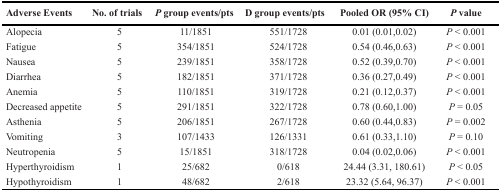
| Adverse Events | No. of trials | P group events/pts | D group events/pts | Pooled OR (95% CI) | P value |
 | --- | --- | --- | --- | --- | --- |
 | Alopecia | 5 | 11/1851 | 551/1728 | 0.01 (0.01,0.02) | P < 0.001 |
 | Fatigue | 5 | 354/1851 | 524/1728 | 0.54 (0.46,0.63) | P < 0.001 |
 | Nausea | 5 | 239/1851 | 358/1728 | 0.52 (0.39,0.70) | P < 0.001 |
 | Diarrhea | 5 | 182/1851 | 371/1728 | 0.36 (0.27,0.49) | P < 0.001 |
 | Anemia | 5 | 110/1851 | 319/1728 | 0.21 (0.12,0.37) | P < 0.001 |
 | Decreased appetite | 5 | 291/1851 | 322/1728 | 0.78 (0.60,1.00) | P = 0.05 |
 | Asthenia | 5 | 206/1851 | 267/1728 | 0.60 (0.44,0.83) | P = 0.002 |
 | Vomiting | 3 | 107/1433 | 126/1331 | 0.61 (0.33,1.10) | P = 0.10 |
 | Neutropenia | 5 | 15/1851 | 318/1728 | 0.04 (0.02,0.06) | P < 0.001 |
 | Hyperthyroidism | 1 | 25/682 | 0/618 | 24.44 (3.31, 180.61) | P < 0.05 |
 | Hypothyroidism | 1 | 48/682 | 2/618 | 23.32 (5.64, 96.37) | P < 0.001 |